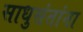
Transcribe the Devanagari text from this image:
साधुसंतांना